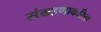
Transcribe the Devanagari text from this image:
संग्रहणाकरिता